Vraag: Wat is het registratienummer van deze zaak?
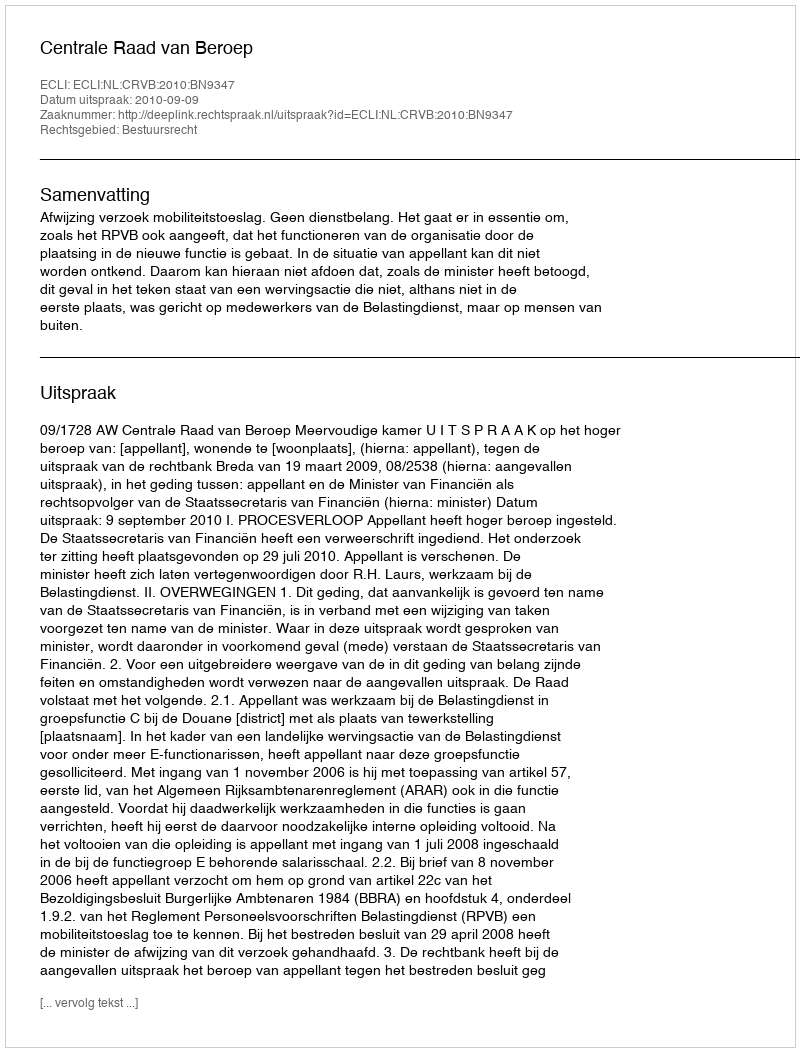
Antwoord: http://deeplink.rechtspraak.nl/uitspraak?id=ECLI:NL:CRVB:2010:BN9347